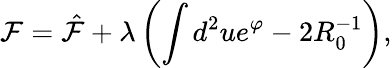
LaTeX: \mathcal F=\hat{\mathcal F}+\lambda\left(\int d^{2}ue^{\varphi}-2R_{0}^{-1}\right),